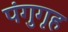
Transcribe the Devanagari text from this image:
पंगुगृह